V__Kingissepa_nim__kolhoos, lk 92
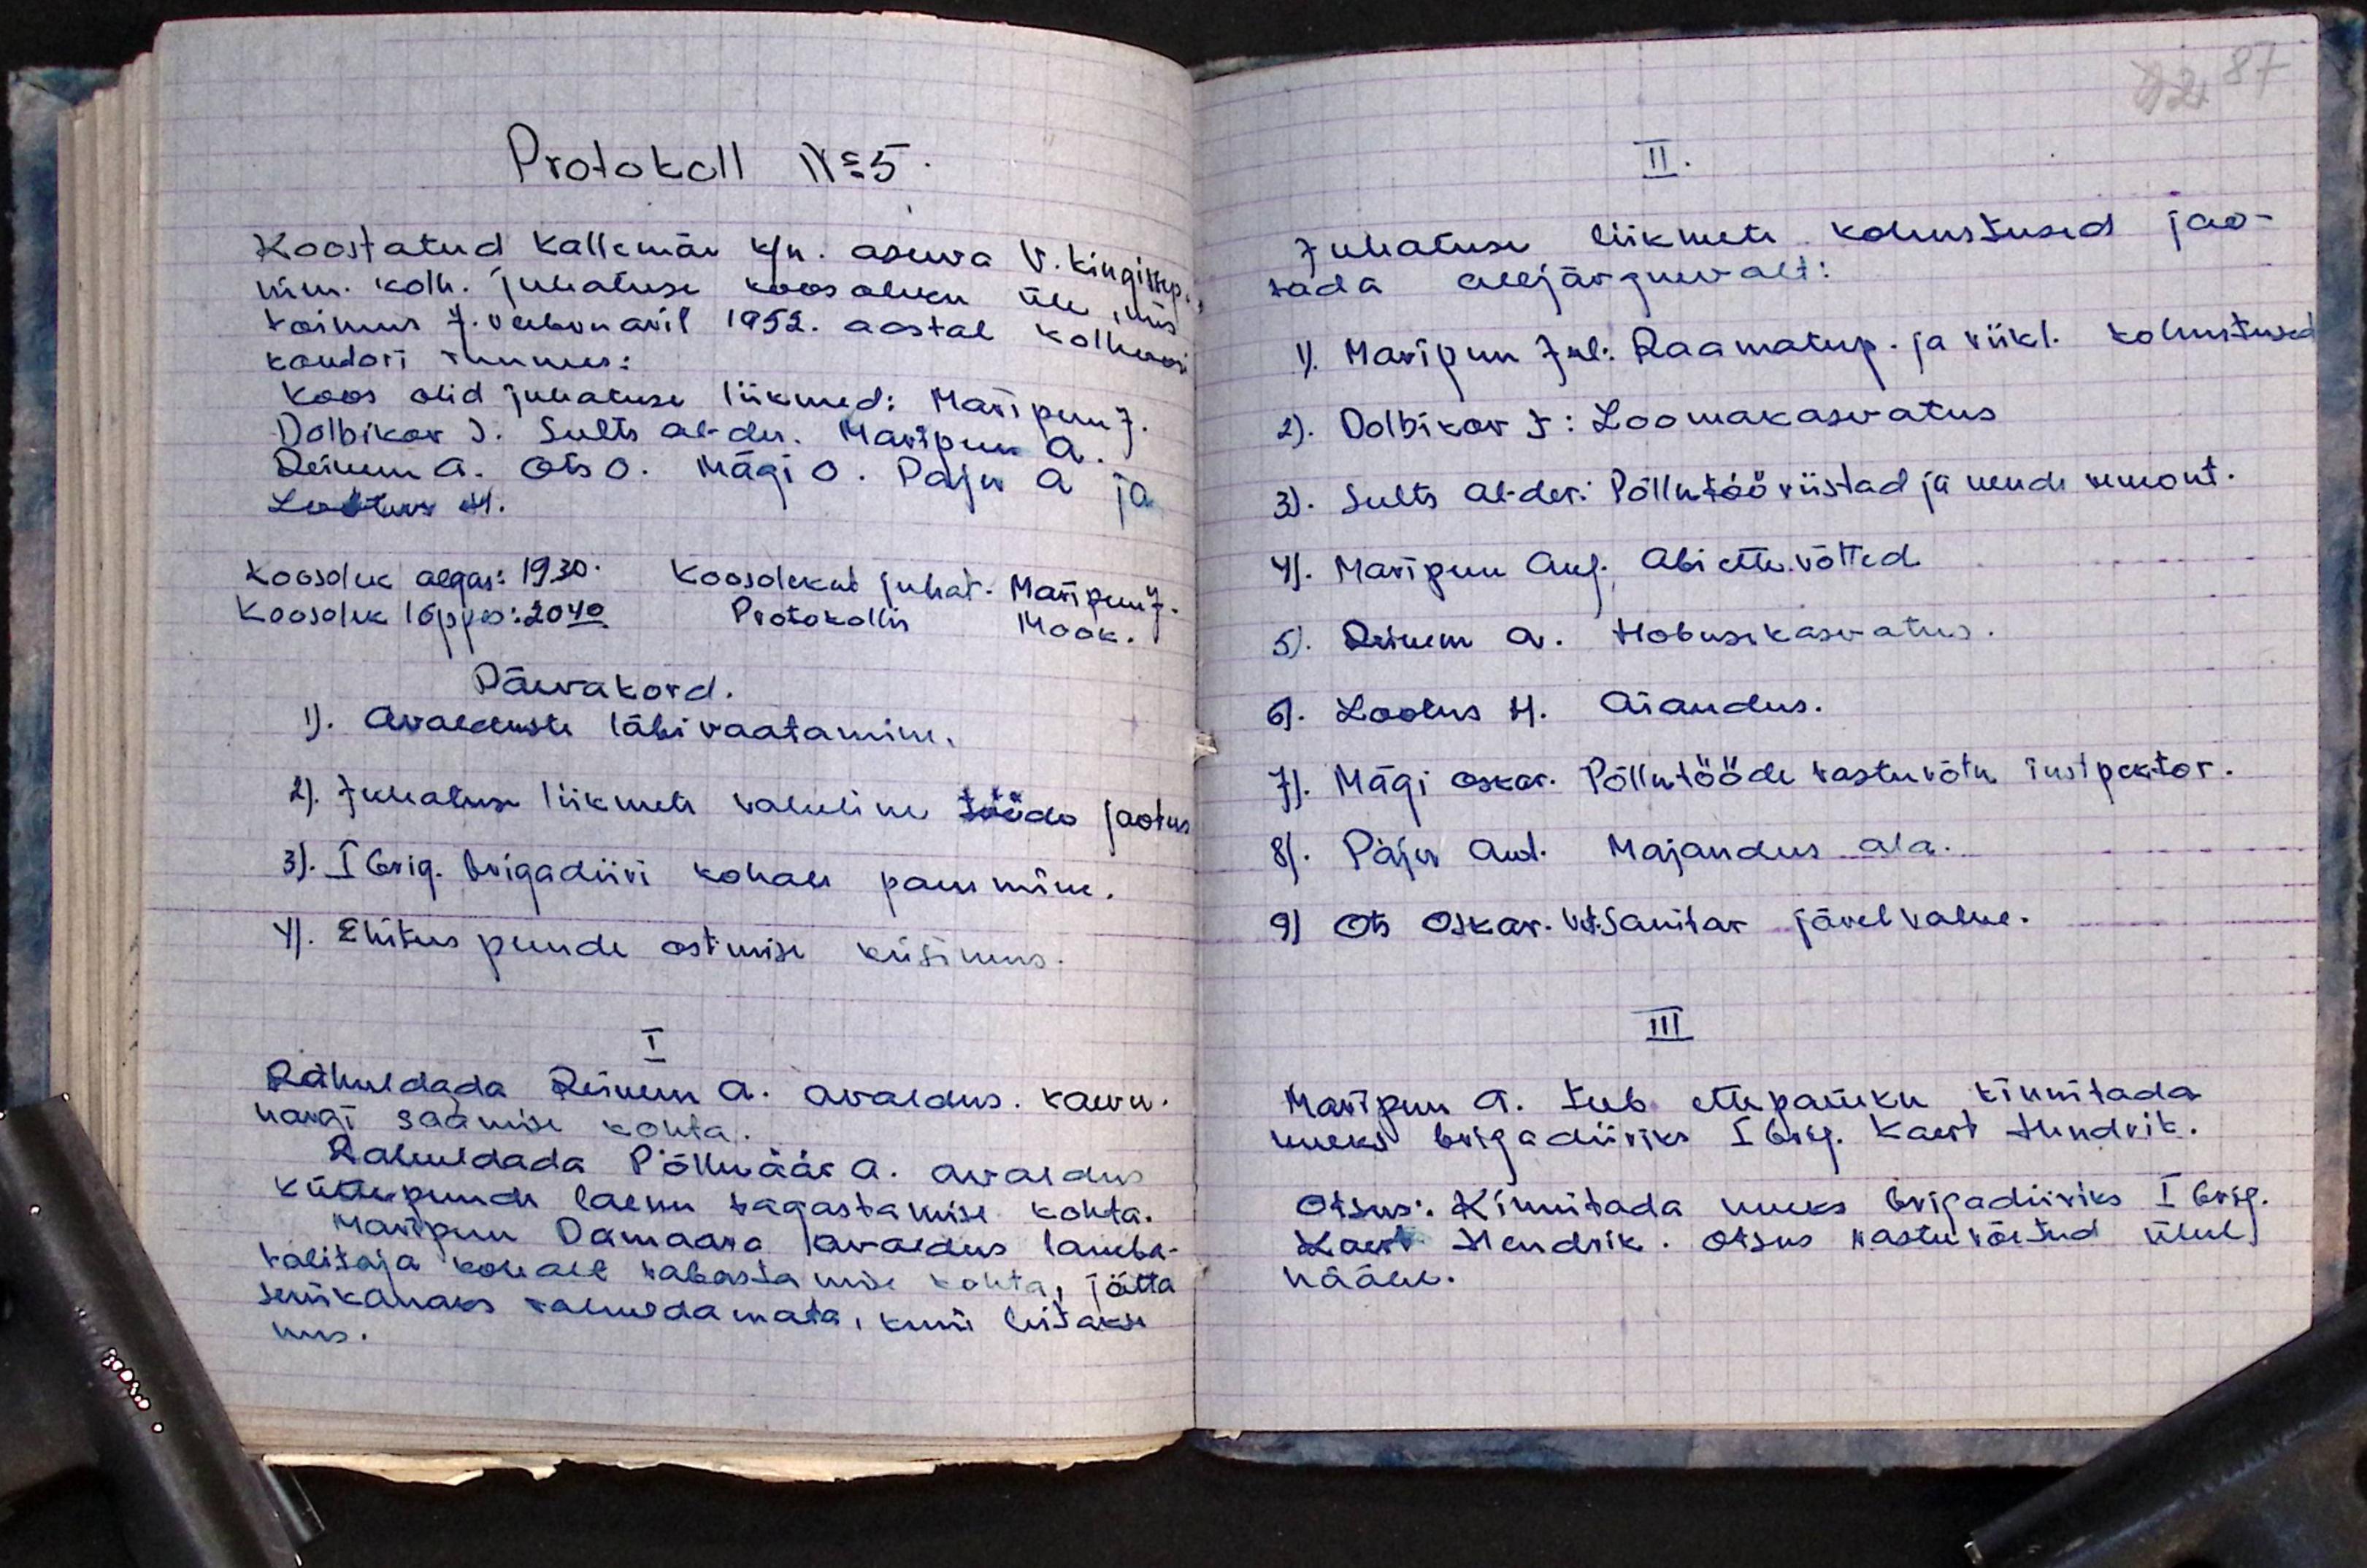
Protokoll No 5
Koostatud Kallemäe k/n. asuva V. Kingissepa
nim. kolh. juhatuse koosoleku üle, mis
toimus 7. veebruaril 1952. aastal kolhoosi
kontori ruumes:
koos olid juhatuse liikmed: Maripuu J.
Dolbikov J. Sults Al-der. Maripuu A.
Reinem A. Ots O. Mägi O. Paju A ja
Lootus H.
Koosolek algas: 19.30. Koosolukut juhat. Maripuu J.
koosolek lõppes: 20.40 Protokollis Mook.
Päevakord.
1). Avalduste läbivaatamine.
2). Juhatuse liikmete valuline tööde jaotus
3). I Brig. brigadiiri kohale panemine.
4). Ehitus puude ostmise küsimus
I
Rahuldada Reinum A. avaldus. kaevu-
hargi saamise kohta.
Rahuldada Põlluäär A. avaldus
küttepuude laenu tagastamise kohta.
Maripuu Damara avaldus lamba-
talitaja kohalt vabastamise kohta, jätta
senikauaks rahuldamata, kuni leitakse
uus.

92 87
II.
juhatuse liikmete kohustused jao-
tada alljärgnevalt:
1). Märipuu Jul: Raamatup. ja riikl. Kohustused
2). Dolbikov J: Loomakasvatus
3). Sults Al-der: Põllutööriistad ja nende remont.
4). Maripuu Aug. abi ettevõtted
5). Reinem A. Hobusekasvatus.
6). Lootus H. Aiandus.
7). Mägi Oskar. Põllutööde vastuvõtu instpektor.
8). Paju Art. Majandus ala.
9) Ots Oskar. Vet. sanitar järelvalve.
III
Maripuu A. teeb ettepaneku kinnitada
uueks brigadiiriks I brig. Kaert Hendrik.
Otsus: Kinnitada uuues brigadiiriks I brig.
Kaert Hendrik. Otsus vastu võetud ühel
häälel.